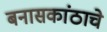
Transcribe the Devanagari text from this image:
बनासकांठाचे